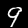
Digit: 9